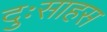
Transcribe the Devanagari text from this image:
दुःसाहस